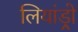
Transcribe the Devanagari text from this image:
लियांड्रो